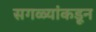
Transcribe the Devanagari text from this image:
सगळ्यांकडून